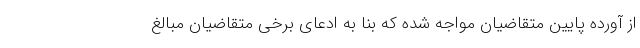
از آورده پایین متقاضیان مواجه شده که بنا به ادعای برخی متقاضیان مبالغ